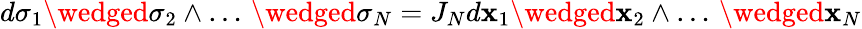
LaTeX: d\sigma_{1}\wedged\sigma_{2}\wedge\ldots\, \wedged\sigma_{N}=J_{N}d\mathbf{x}_{1}\wedged\mathbf{x}_{2}\wedge\ldots\, \wedged\mathbf{x}_{N}